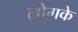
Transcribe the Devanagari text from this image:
लोगके